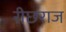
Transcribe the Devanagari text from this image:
रीछराज